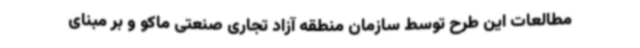
مطالعات این طرح توسط سازمان منطقه آزاد تجاری صنعتی ماکو و بر مبنای